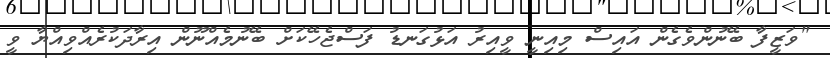
"ވަޒީފާ ބޭނުންވެގެން އައިސް މިއިނީ ވީއިރު އަޅުގަނޑު ފަސްޖެހޭކަށް ބޭނުމެއްނޫން އިރާދަކުރެއްވިއްޔާ ވީ